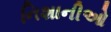
નિશાનીઓ